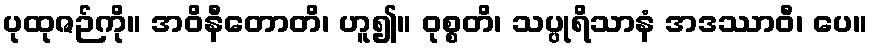
ပုထုဇဉ်ကို။ အဝိနီတောတိ၊ ဟူ၍။ ဝုစ္စတိ၊ သပ္ပုရိသာနံ အဒဿာဝီ၊ ပေ။